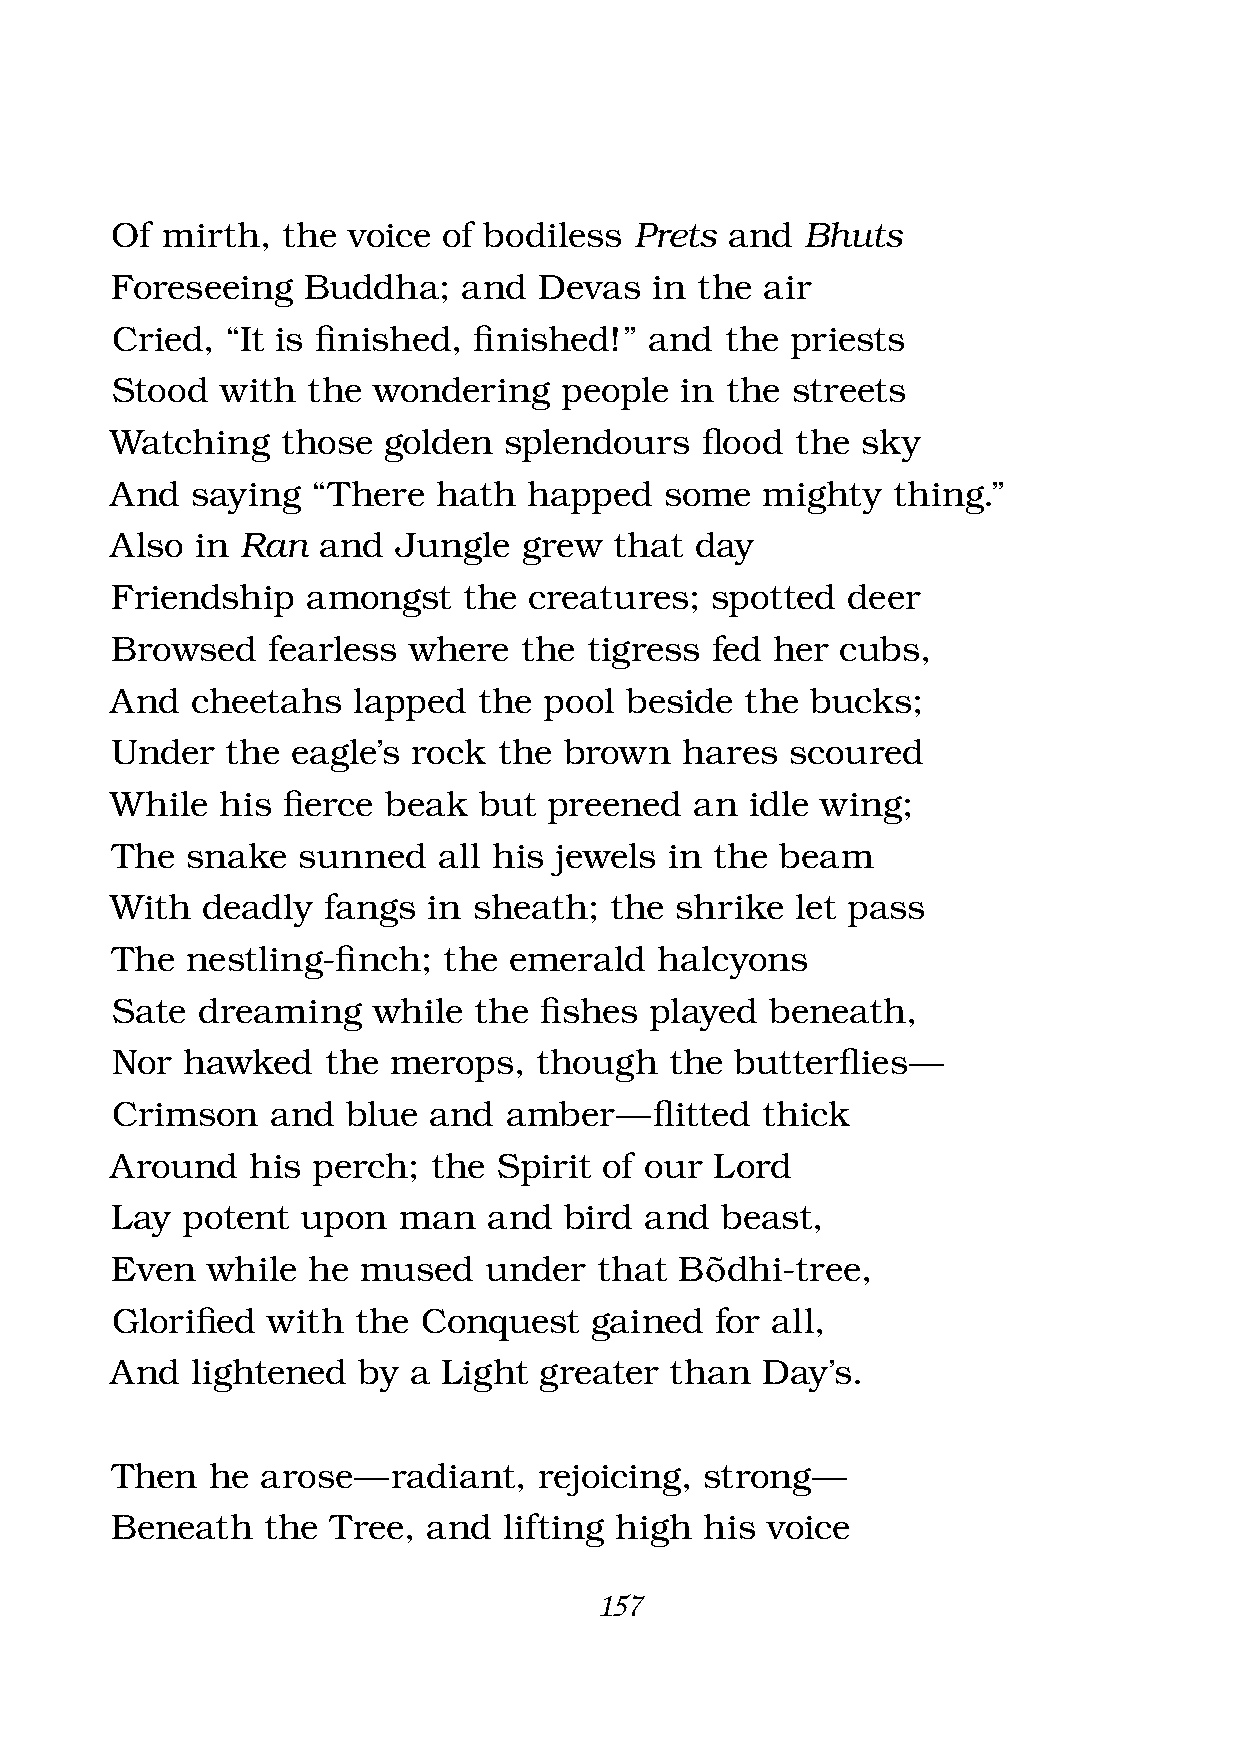
Of  mirth,  the voice of bodiless  Prets and  Bhuts
 Foreseeing   Buddha;    and  Devas  in the  air
 Cried,  “It is fi nished, fi nished!” and the priests
 Stood   with the  wondering   people  in the streets
 Watching    those golden  splendours   fl ood the sky
 And   saying  “There  hath  happed   some  mighty   thing.”
 Also  in Ran  and  Jungle   grew  that day
 Friendship   amongst    the creatures;  spotted  deer
 Browsed    fearless where  the  tigress fed her  cubs,
 And   cheetahs  lapped   the pool beside  the  bucks;
 Under   the eagle’s rock  the brown   hares  scoured
 While   his fi erce beak but preened   an  idle wing;
 The  snake   sunned   all his jewels in the  beam
 With  deadly  fangs  in sheath;  the  shrike  let pass
 The  nestling-fi nch; the  emerald  halcyons
 Sate  dreaming    while the  fi shes played beneath,
 Nor  hawked   the  merops,  though   the  butterfl ies —
 Crimson    and  blue and  amber   — fl itted thick
 Around   his  perch;  the Spirit of our Lord
 Lay  potent  upon  man   and  bird  and  beast,
 Even   while he  mused   under  that  Bõdhi-tree,
 Glorifi ed with the  Conquest   gained  for all,
 And   lightened  by a Light  greater than  Day’s.
 Then   he arose —  radiant,  rejoicing, strong —
 Beneath   the  Tree, and  lifting high  his voice
 157